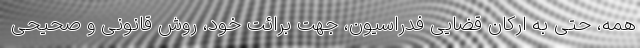
همه، حتی به ارکان قضایی فدراسیون، جهت برائت خود، روش قانونی و صحیحی